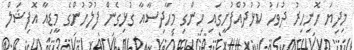
މިދިޔަ ހޮނިހިރު ދުވަހު ކުޅުދުއްފުށީގައި ހިންގި މިހާދިސާއާ ގުޅިގެން ފުލުހުންގެ މީޑިއާ އޮފިޝަލް